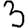
Digit: 3